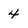
Character: 4